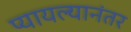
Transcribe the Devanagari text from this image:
प्यायल्यानंतर